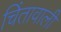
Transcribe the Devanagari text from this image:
चिंतावाली